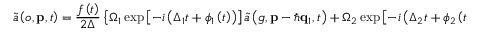
\tilde { a } \left( o , \mathbf { p } , t \right) = \frac { f \left( t \right) } { 2 \Delta } \left\{ \Omega _ { 1 } \exp \left[ - i \left( \Delta _ { 1 } t + \phi _ { 1 } \left( t \right) \right) \right] \tilde { a } \left( g , \mathbf { p } - \hbar \mathbf { q } _ { 1 } , t \right) + \Omega _ { 2 } \exp \left[ - i \left( \Delta _ { 2 } t + \phi _ { 2 } \left( t \right) \right) \right] \tilde { a } \left( e , \mathbf { p } - \hbar \mathbf { q } _ { 2 } , t \right) \right\} ,